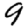
Digit: 9